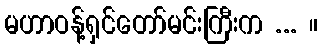
မဟာဝန့်ရှင်တော်မင်းကြီးက ... ။